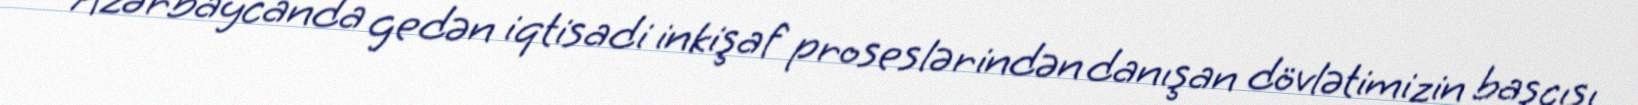
Azərbaycanda gedən iqtisadi inkişaf proseslərindən danışan dövlətimizin başçısı